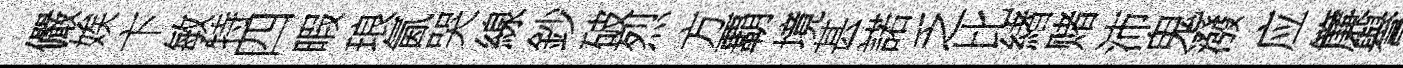
儼娭卞敏特四暇琅氤哭線鈔破烈方覇境甚諾乏比緖赌沛鬼潑应簾譽